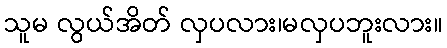
သူမ လွယ်အိတ် လှပလား၊မလှပဘူးလား။